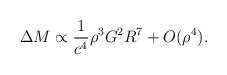
\begin{align*}\Delta M \propto \frac{1}{c^4} \rho^3 G^2 R^7 + O(\rho^4).\end{align*}